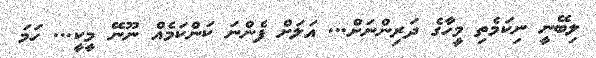
ލިބޭނީ ނިކަމެތި މީހާގެ ދަރިންނަށް... އަލަށް ފެންނަ ކަންކަމެއް ނޫނޭ މީކީ... ހަމަ